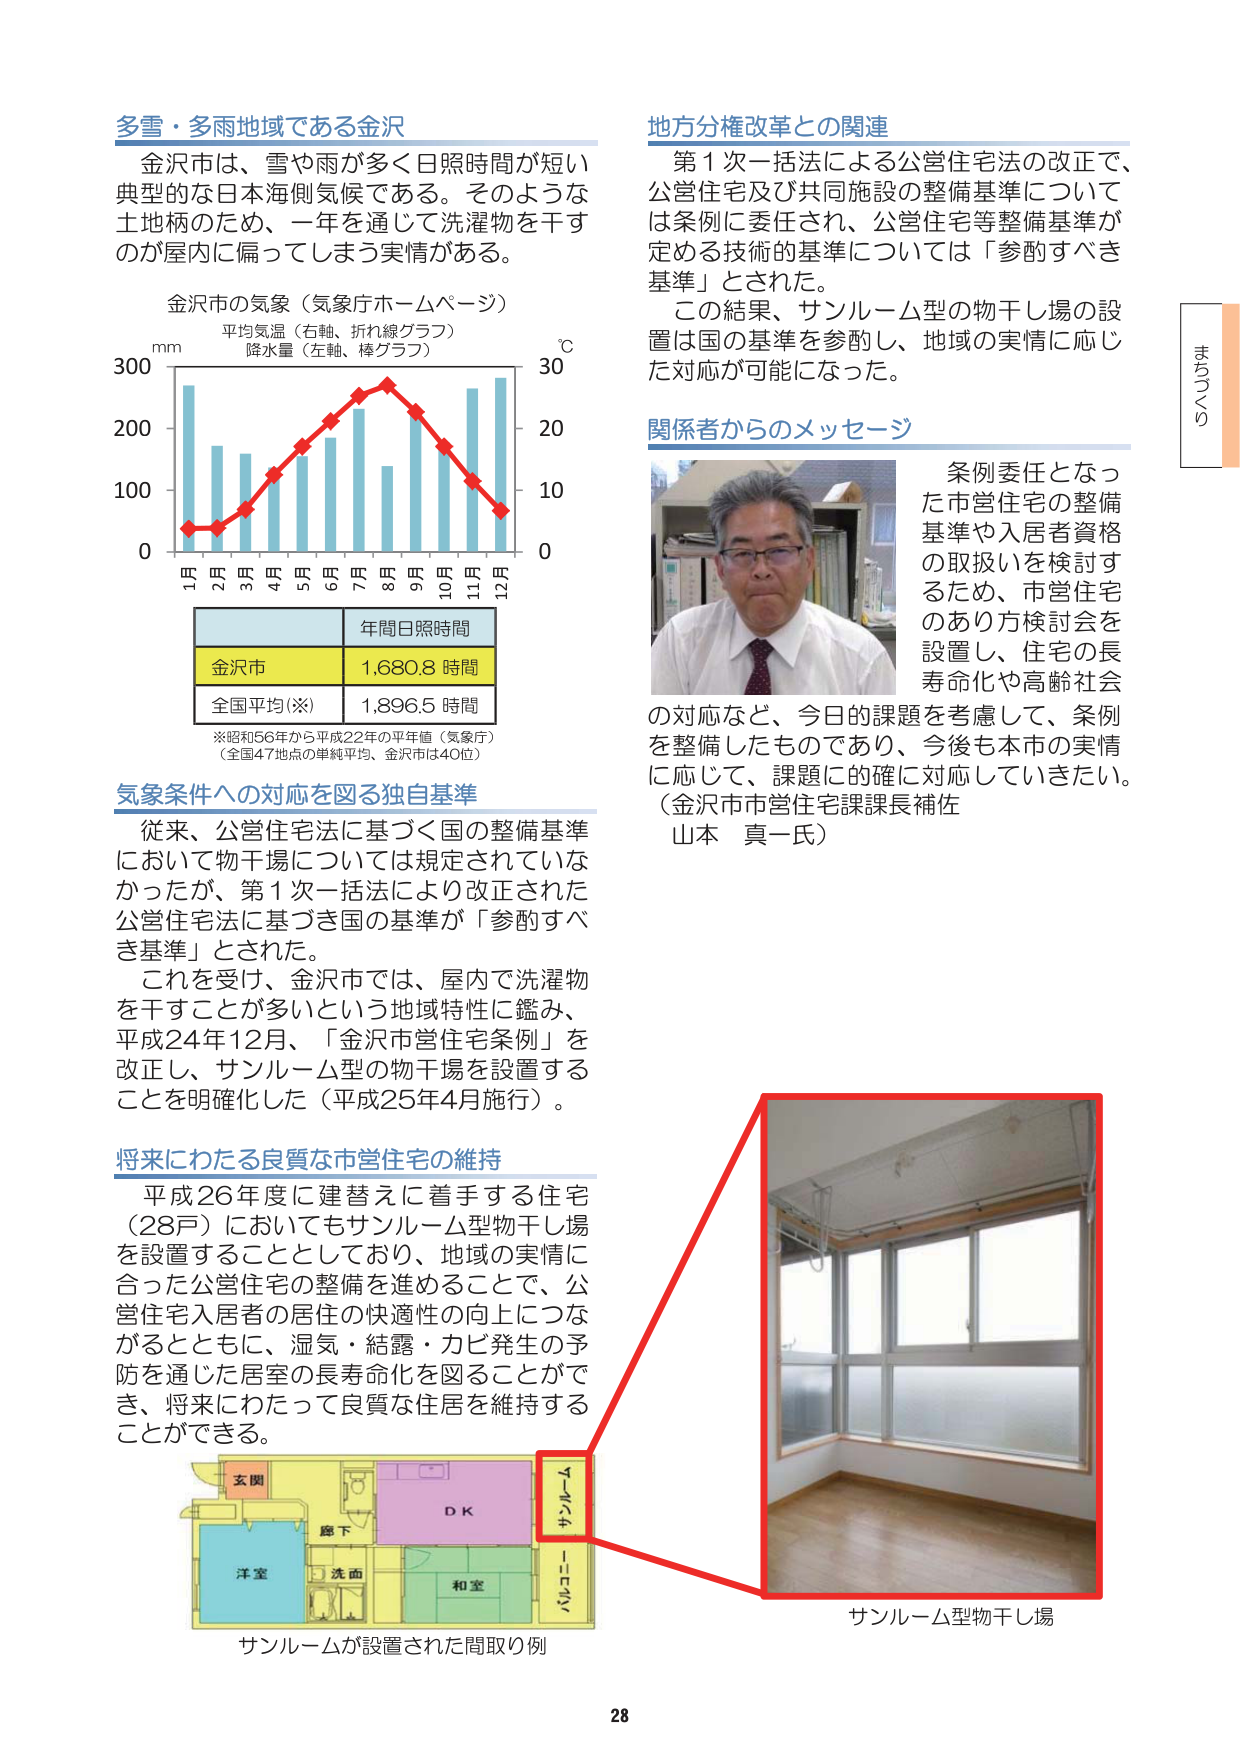
多雪・多雨地域である金沢
金沢市は、雪や雨が多く日照時間が短い典型的な日本海側気候である。そのような土地柄のため、一年を通じて洗濯物を干すのが屋内に偏ってしまう実情がある。

金沢市の気象（気象庁ホームページ）
平均気温（右軸、折れ線グラフ）
降水量（左軸、棒グラフ）
mm
℃
300
200
100
0
1月 2月 3月 4月 5月 6月 7月 8月 9月 10月 11月 12月
30
20
10
0
年間日照時間
金沢市 1,680.8 時間
全国平均（※） 1,896.5 時間
※昭和56年から平成22年の平均値（気象庁）
（全国47地点の単純平均、金沢市は40位）

気象条件への対応を図る独自基準
従来、公営住宅法に基づく国の整備基準において物干場については規定されていなかったが、第1次一括法により改正された公営住宅法に基づき国の基準が「参酌すべき基準」とされた。
これを受けて、金沢市では、屋内で洗濯物を干すことが多いという地域特性に鑑み、平成24年12月、「金沢市営住宅条例」を改正し、サンルーム型の物干場を設置することを明確化した（平成25年4月施行）。

将来にわたる良質な市営住宅の維持
平成26年度に建替えに着手する住宅（28戸）においてもサンルーム型干し場を設置することとしており、地域の実情に合った公営住宅の整備を進めることで、公営住宅入居者の居住の快適性の向上につながるとともに、湿気・結露・カビ発生の予防を通じた居室の長寿命化を図ることができ、将来にわたって良質な住居を維持することができる。

地方分権改革との関連
第1次一括法による公営住宅法の改正で、公営住宅及び共同施設の整備基準については条例に委任され、公営住宅等整備基準が定める技術的基準については「参酌すべき基準」とされた。
この結果、サンルーム型の物干し場の設置は国の基準を参酌し、地域の実情に応じた対応が可能になった。

関係者からのメッセージ
条例委任となった市営住宅の整備基準や入居者資格の取扱いを検討するため、市営住宅のあり方検討会を設置し、住宅の長寿命化や高齢社会の対応など、今日の課題を考慮して、条例を整備したものであり、今後も本市の実情に応じて、課題に的確に対応していきたい。
（金沢市市営住宅課課長補佐 山本 真一氏）

サンルーム型物干し場
サンルームが設置された間取り例
玄関
廊下
洋室
洗面
和室
ＤＫ
バルコニー
サンルーム
28
はるひろ